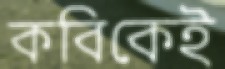
কবিকেই